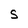
Character: S